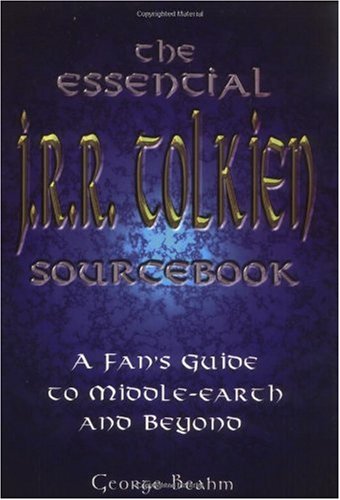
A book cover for The Essential J.R.R. Tolkien Sourcebook: A Fan's Guide to Middle-Earth and Beyond; George Beahm; Humor & Entertainment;